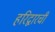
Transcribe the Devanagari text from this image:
हरिद्वारची